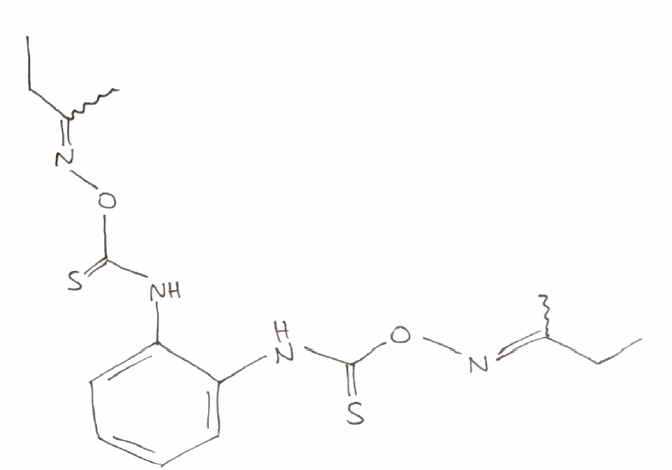
Simplified molecular-input line-entry system (SMILES) notation of the given molecule:
CCC(=NOC(=S)NC1=CC=CC=C1NC(=S)ON=C(C)CC)C